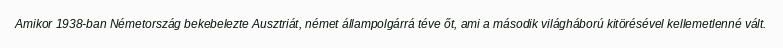
Amikor 1938-ban Németország bekebelezte Ausztriát, német állampolgárrá téve őt, ami a második világháború kitörésével kellemetlenné vált.